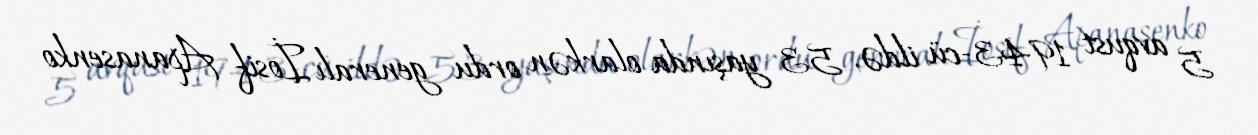
5 avqust 1943-cü ildə, 53 yaşında olarkən ordu generalı İosif Apanasenko